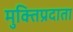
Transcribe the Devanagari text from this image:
मुक्तिप्रदाता